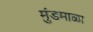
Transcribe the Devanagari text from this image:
मुंडमाळा